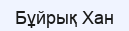
Бұйрық Хан